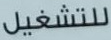
للتشغيل